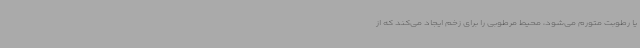
یا رطوبت متورم می‌شود، محیط مرطوبی را برای زخم ایجاد می‌کند که از